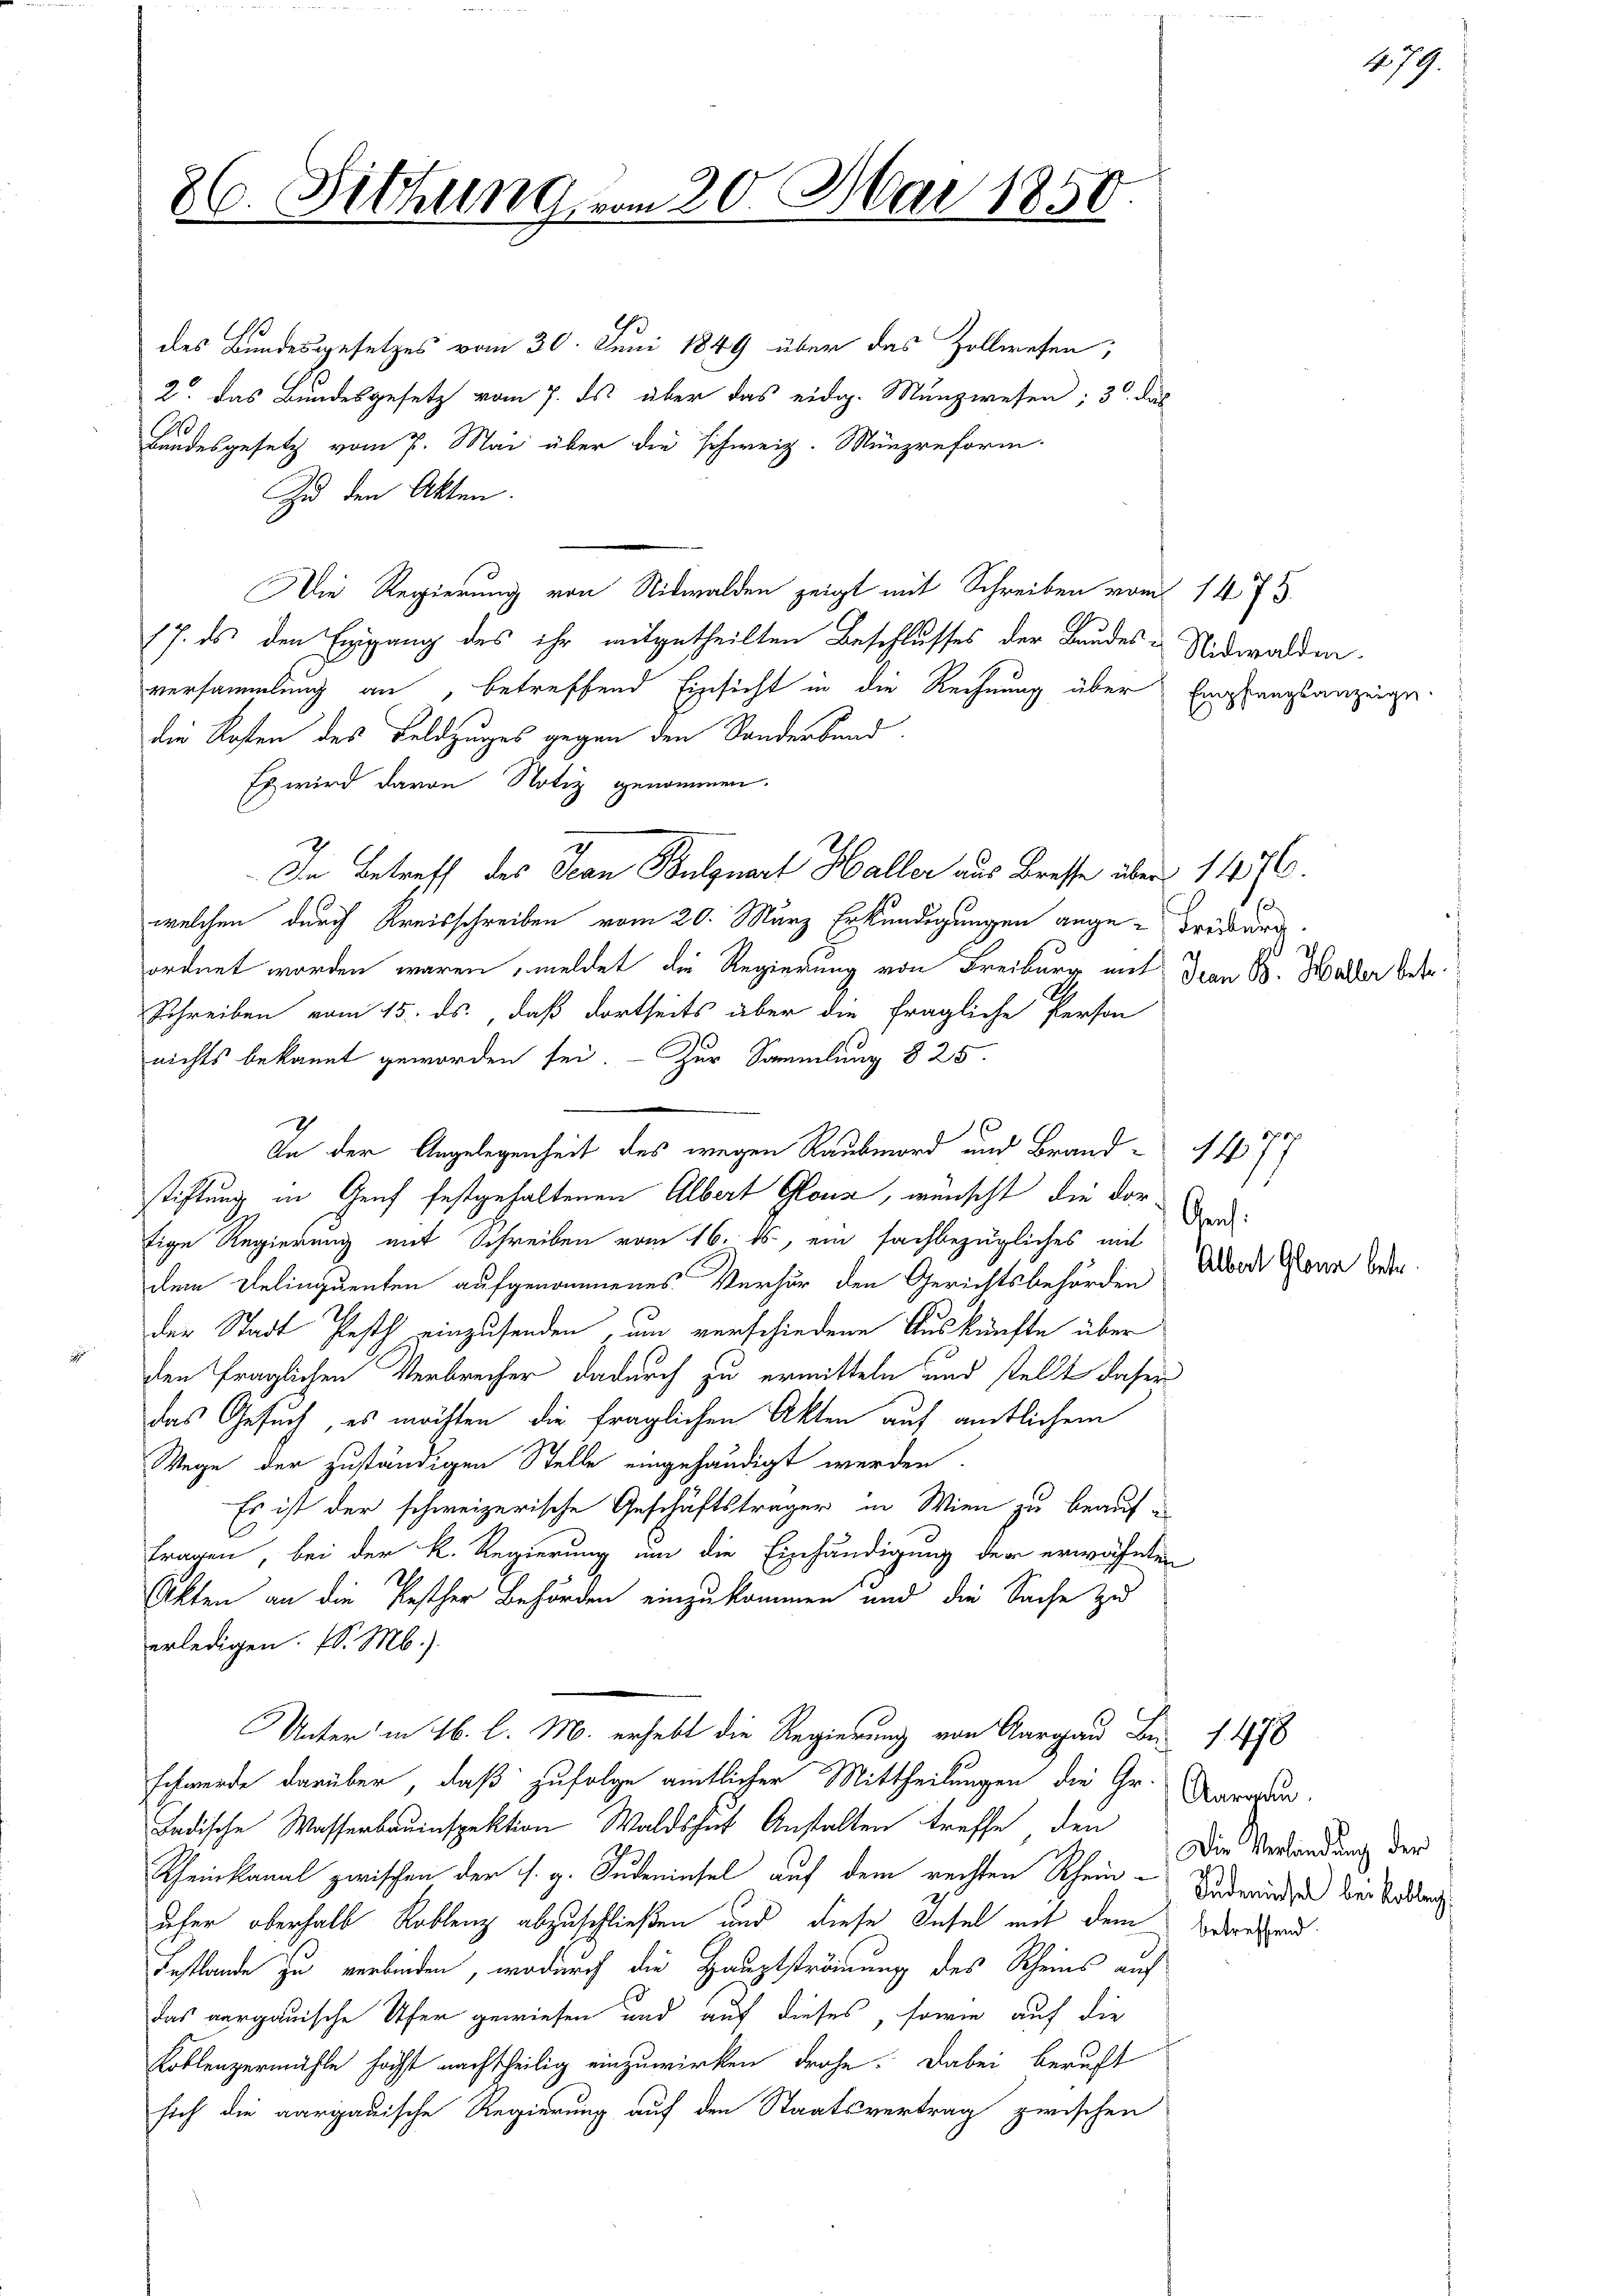
des Bundesgesetzes vom 30. Juni 1849 über das Zollwesen,
2. Das Bundesgesetz vom 7. ds. über das eidg. Münzwesen; 3. das
.
Bandesgesetz vom 7. Mai über die schweiz. Münzreform
Zu den Akten
Die Regierung von Nidwalden zeigt mit Schreiben vom
17. ds den Ergang des ihr mitgetheilten Beschlusses der Bundesversammlung an, betreffend Einsicht in die Rechnung über
die Kosten des Feldzuges gegen den Sanderband.
Es wird davon Notiz genommen.
welchen durch Kreisschreiben vom 20. März Erkundigungen angeordnet worden wären, meldet die Regierung von Freiburg mit
Schreiben vom 15. ds., daß dortseits über die fragliche Person
nichts bekannt geworden sei. - Zur Sammlung § 25.
In der Angelegenheit des wegen Raubmord und Brandstiftung in Genf festgehaltenen Albert Glous, wünscht, die dortige Regierung mit Schreiben vom 16. ds., ein fachbezügliches mit
dem Delinquenten aufgenommenes Verhör den Gerichtsbehörden
der Stadt Pesth einzusenden um verschiedene Auskünfte über
den fraglichen Verbrecher dadurch zu ermitteln und stellt daher
das Gesuch, es möchten die fraglichen Akten auf amtlichem
Wege der zuständigen Stelle eingehändigt werden.
Es ist der schweizerische Geschäftsträger in Wien zu beauffragen, bei der k. Regierung um die Einhändigung der erwähnten
Akten an die Pesther Behörden einzukommen und die Sache zu
erledigen. (l. M.)
Unter in 16. l. M. erhebt die Regierung von Aargau Br 148
schwerde darüber, daß zufolge amtlicher Mittheilungen die Gr
Ladische Wasserbauinspektion Waldshut Anstalten treffe, den
Rheinkanal zwischen der s. g. Rudeeinsel auf dem rechten Rhein Die Verlandung der
uher oberhalb Roblenz abzuschließen und diese Insel mit dem
Festlände zu verbinden, wodurch die Hauptströmung des Rheins auf
das aargauische Ufer gewiesen und auf dieses, sowie auf die
Koblenzermühle höchst nachtheilig einzuwirken drohe. Dabei beruft
sich die aargauische Regierung auf den Staatsvertrag zwischen

26. Diehung vom 20. Mai 1850

In Betreff des Jean Bulgnart Haller aus Bresse über

Nidwalden.
Empfangsanzeige.

1475.

1476.
Heuber
Jean Sr. Haller betr.

.

Gens:

¬
1477

Albert Glanz betr.

Aargau.
Indemissel bei Kobleg
betreffend.

479.